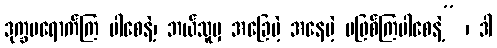
ဒုက္ခမရောက်ကြ ပါစေနဲ့၊ ဘယ်သူမှ အခြေမဲ့ အနေမဲ့ မဖြစ်ကြပါစေနဲ့” ၊ ဒါ